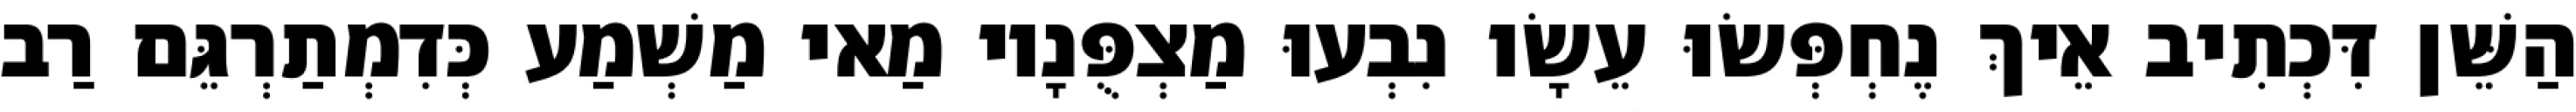
הַשֵּׁן דִּכְתִיב אֵיךְ נֶחְפְּשׂוּ עֵשָׂו נִבְעוּ מַצְפֻּנָיו מַאי מַשְׁמַע כְּדִמְתַרְגֵּם רַב